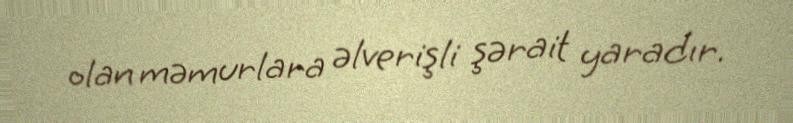
olan məmurlara əlverişli şərait yaradır.